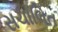
સચાલિત